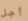
أجل